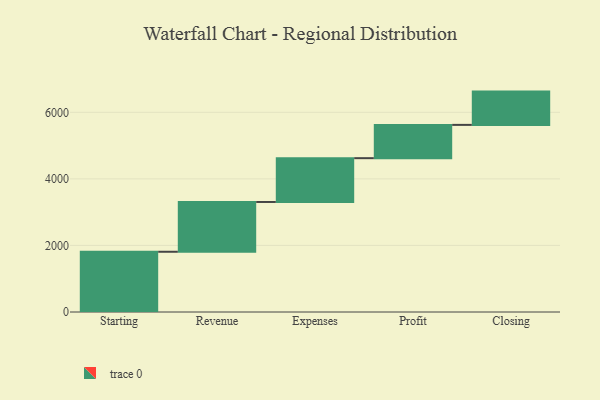
{"axis": {"x": "Step", "y": "Value"}, "legend": [""], "data": [{"x": "Starting", "y": 1810.0, "type": ""}, {"x": "Revenue", "y": 1496.0, "type": ""}, {"x": "Expenses", "y": 1316.0, "type": ""}, {"x": "Profit", "y": 1000, "type": ""}, {"x": "Closing", "y": 1000, "type": ""}]}